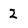
Character: 2